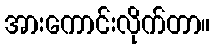
အားကောင်းလိုက်တာ။